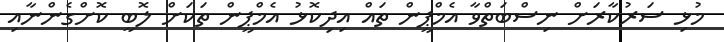
މުޅި ސަރުކާރަށް ނިސްބަތްވާ އެމްޕީން ތައް އިދިކޮޅު އެމްޕީން ތަކަށް ލޮބީ ކޮށްގެންނާއި